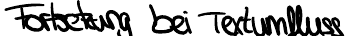
Fortsetzung bei Textumfluss